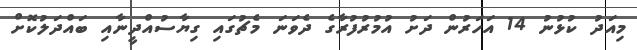
މިއަދު ކުޅުނު 14 އަހަރުން ދަށު އުމުރުފުރާގެ ދެވަނަ މެޗުގައި ގިޔާސުއްދީނާއި ބައްދަލުކޮށް